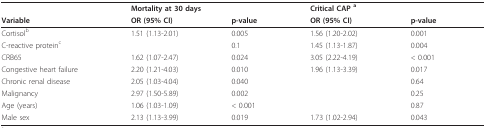
|  | <COLSPAN=2> Mortality at 30 days | <COLSPAN=2> Critical CAP a |
 | Variable | OR (95% CI) | p-value | OR (95% CI) | p-value |
 | --- | --- | --- | --- | --- |
 | Cortisolb | 1.51 (1.13-2.01) | 0.005 | 1.56 (1.20-2.02) | 0.001 |
 | C-reactive proteinc |  | 0.1 | 1.45 (1.13-1.87) | 0.004 |
 | CRB65 | 1.62 (1.07-2.47) | 0.024 | 3.05 (2.22-4.19) | < 0.001 |
 | Congestive heart failure | 2.20 (1.21-4.03) | 0.010 | 1.96 (1.13-3.39) | 0.017 |
 | Chronic renal disease | 2.05 (1.03-4.04) | 0.040 |  | 0.64 |
 | Malignancy | 2.97 (1.50-5.89) | 0.002 |  | 0.25 |
 | Age (years) | 1.06 (1.03-1.09) | < 0.001 |  | 0.87 |
 | Male sex | 2.13 (1.13-3.99) | 0.019 | 1.73 (1.02-2.94) | 0.043 |